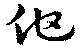
他